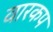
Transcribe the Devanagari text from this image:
वारकप